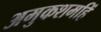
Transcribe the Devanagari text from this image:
अमुकशमहिं